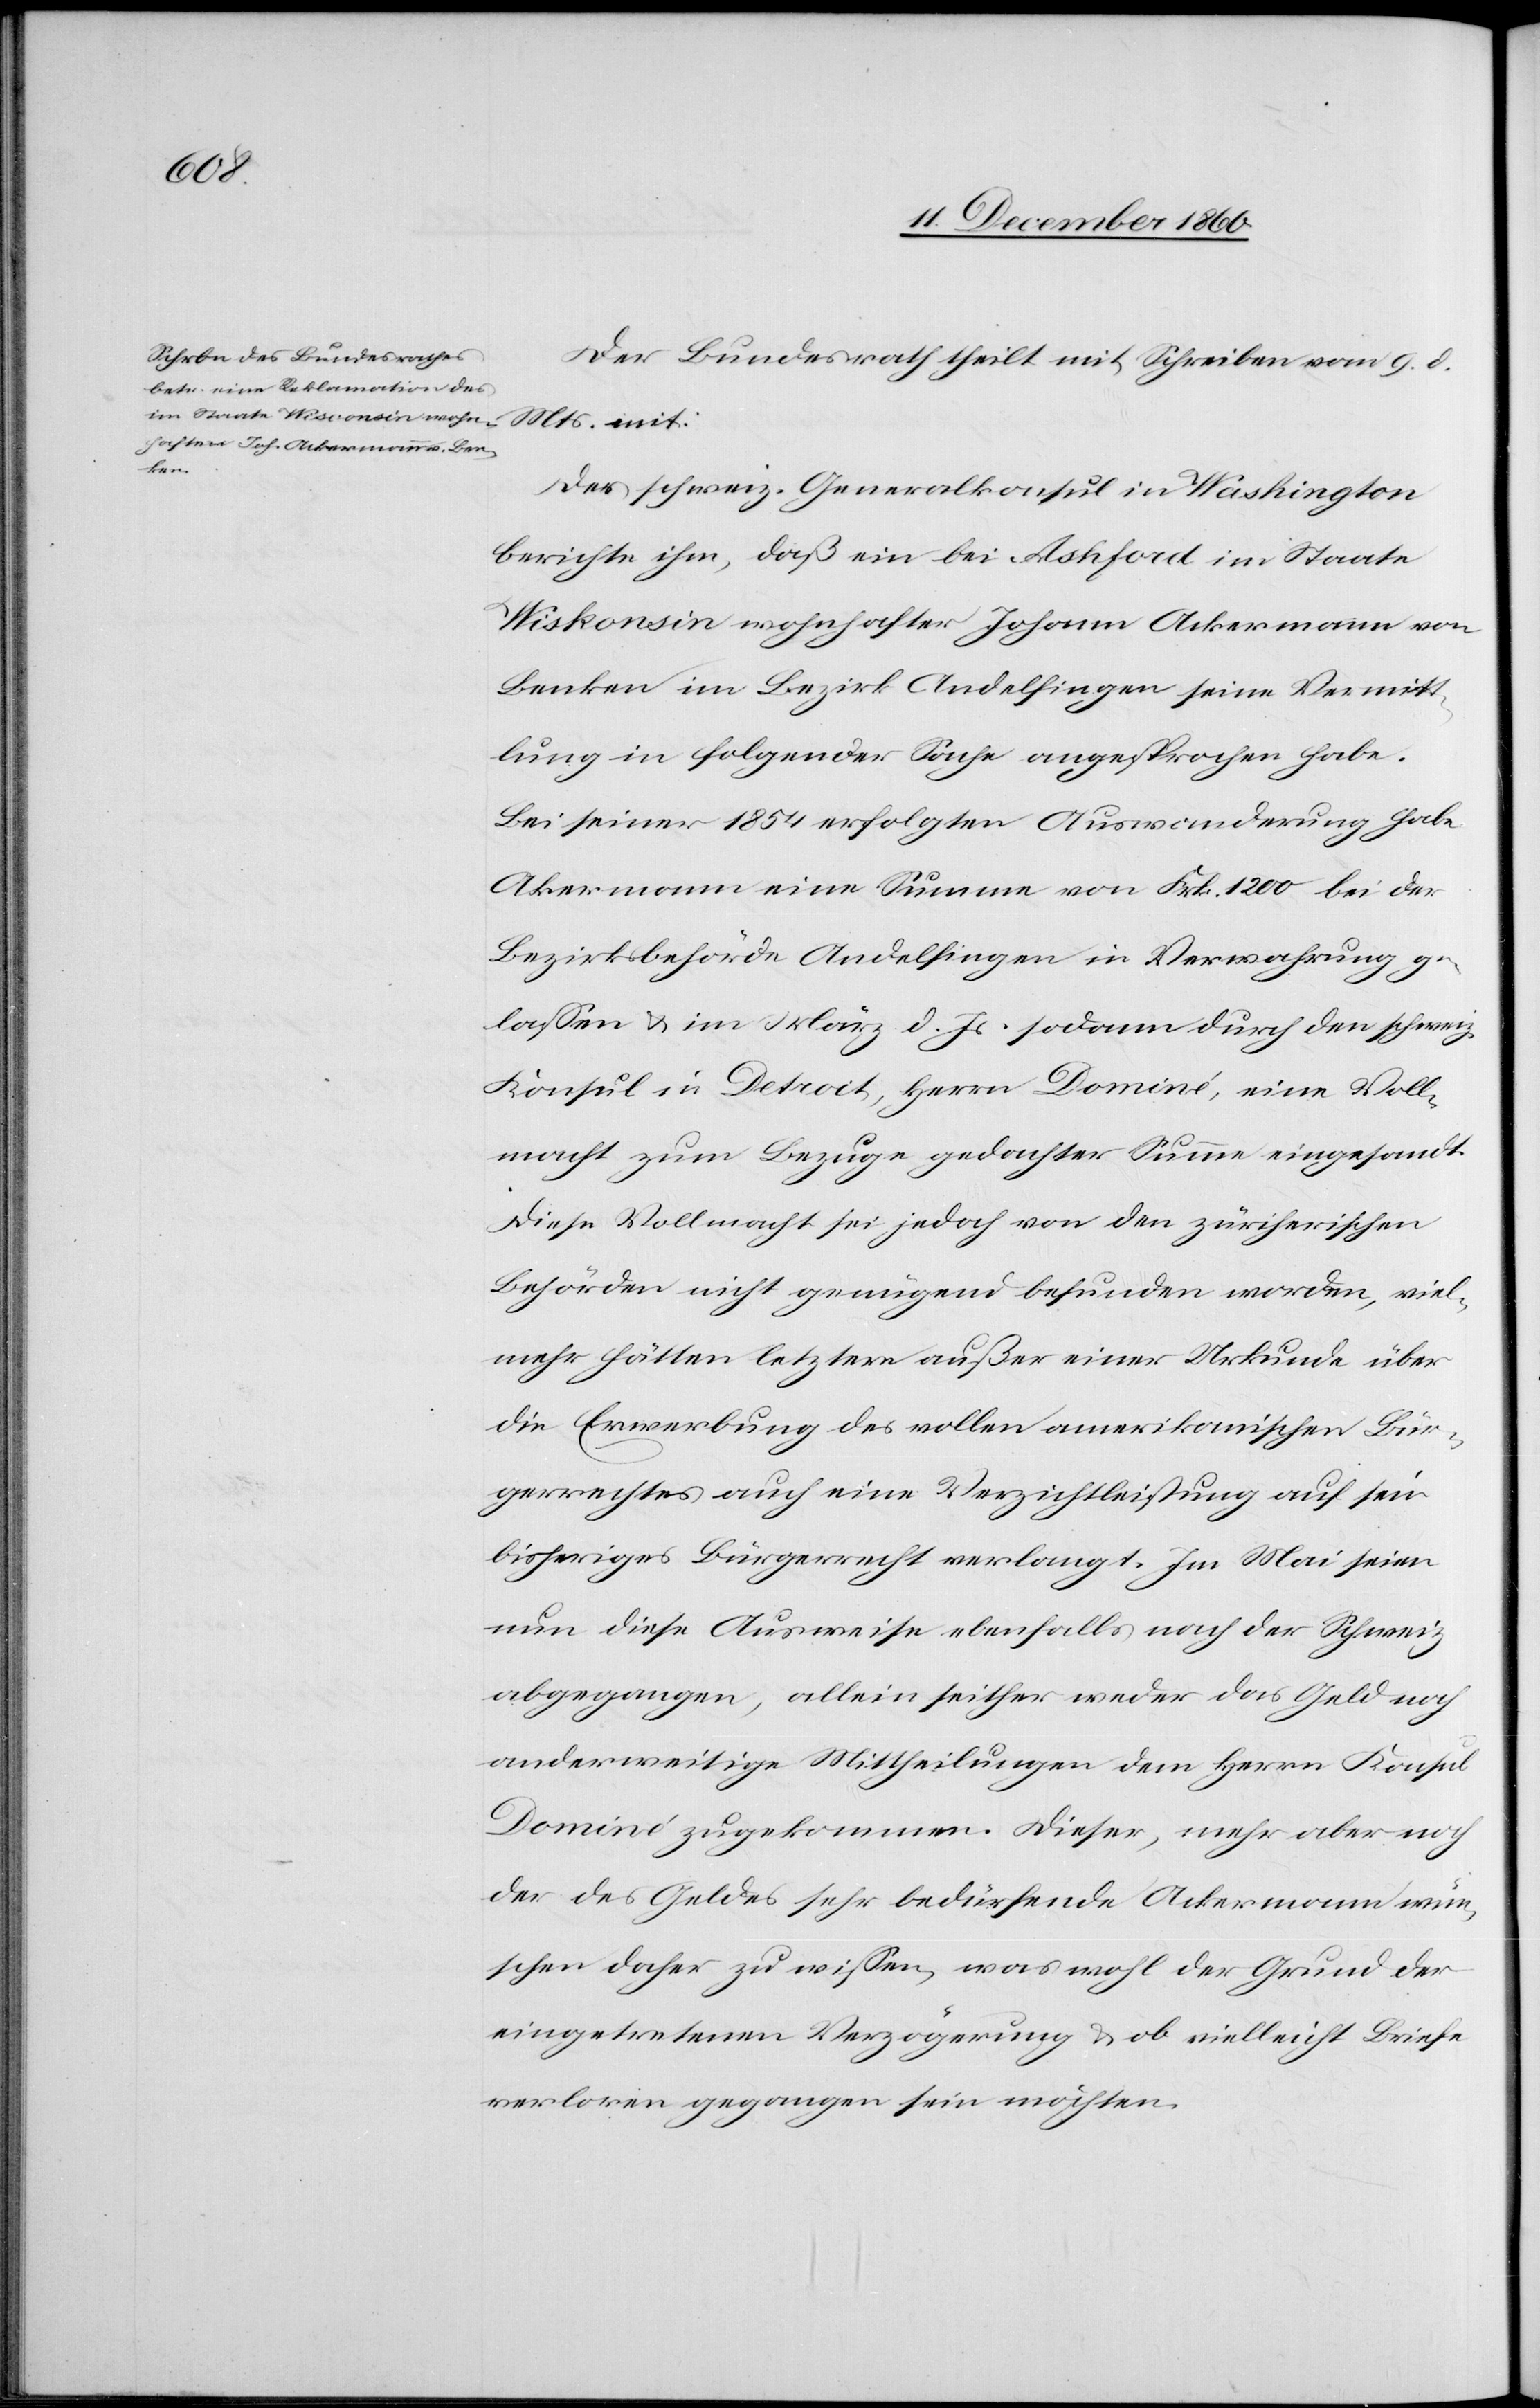
Actum

12. December 1860.]
Der Bundesrath theilt mit Schreiben vom 9. d.
Mts. mit:
Das schweiz. Generalkonsulat in Washington
berichte ihm, daß ein bei Ashfod im Staate
Wiskonsin [sic!] wohnhafter Johann Ackermann von
Benken im Bezirk Andelfingen seine Vermitt¬
lung in folgender Sache angesprochen habe.
Bei seiner 1854 erfolgten Auswanderung habe
A[c]kermann eine Summe von Frk. 1200 bei der
Bezirksbehörde Andelfingen in Verwahrung ge¬
lassen u. im März d. Js. sodann durch den schweiz.
Konsul in Detroit, Herrn Dominé, eine Voll¬
macht zum Bezuge gedachter Summe eingesandt.
Diese Vollmacht sei jedoch von den zürcherischen
Behörden nicht genügend befunden worden, viel¬
mehr hätten letztere außer einer Urkunde über
die Erwerbung des vollen amerikanischen Bür¬
gerrechtes auch eine Verzichtleistung auf sein
bisheriges Bürgerrecht verlangt. Im Mai seien
nun diese Ausweise ebenfalls nach der Schweiz
abgegangen, allein seither weder das Geld noch
anderweitige Mittheilungen dem Herrn Konsul
Dominé zugekommen. Dieser, mehr aber noch
der des Geldes sehr bedürfende Ackermann wün¬
schen daher zu wissen, was wohl der Grund der
eingetretenen Verzögerung u. ob vielleicht Briefe
verloren gegangen sein möchten.